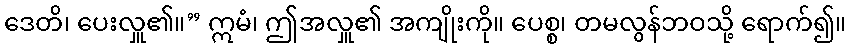
ဒေတိ၊ ပေးလှူ၏။” ဣမံ၊ ဤအလှူ၏ အကျိုးကို။ ပေစ္စ၊ တမလွန်ဘဝသို့ ရောက်၍။